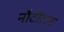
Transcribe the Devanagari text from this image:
नौटीलस